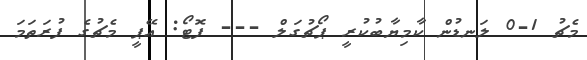
މެޗު 1-0 ލަނޑުން ކާމިޔާބުކުރީ ޕޯޗުގަލް --- ފޮޓޯ: އޭޕީ މެޗުގެ ފުރަތަމަ